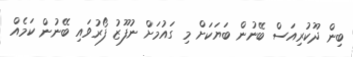
ބިން ދޫކުރިއަސް ބޭނުން ބަޔަކަށް މި ގައުމަށް ނުފޫޒު ފޯރުވައި ބޭނުން ކަމެއް